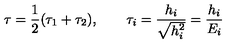
\tau = { \frac { 1 } { 2 } } ( \tau _ { 1 } + \tau _ { 2 } ) , \qquad \tau _ { i } = { \frac { h _ { i } } { \sqrt { h _ { i } ^ { 2 } } } } = { \frac { h _ { i } } { E _ { i } } }